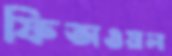
ফিতাওয়ালা